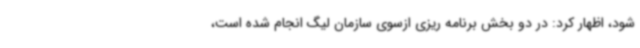
شود، اظهار کرد: در دو بخش برنامه ریزی ازسوی سازمان لیگ انجام شده است،